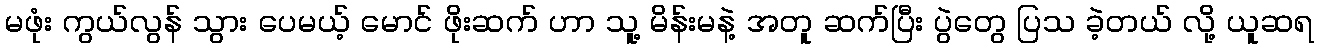
မဖုံး ကွယ်လွန် သွား ပေမယ့် မောင် ဖိုးဆက် ဟာ သူ့ မိန်းမနဲ့ အတူ ဆက်ပြီး ပွဲတွေ ပြသ ခဲ့တယ် လို့ ယူဆရ